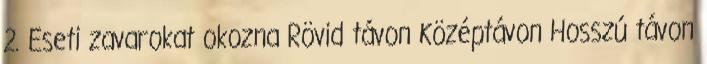
2. Eseti zavarokat okozna Rövid távon Középtávon Hosszú távon